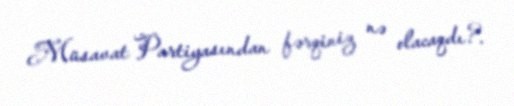
Müsavat Partiyasından fərqiniz nə olacaqdı?.